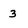
Character: 3